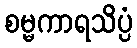
စမ္မကာရသိပ္ပံ